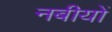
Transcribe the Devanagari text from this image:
नबीयों